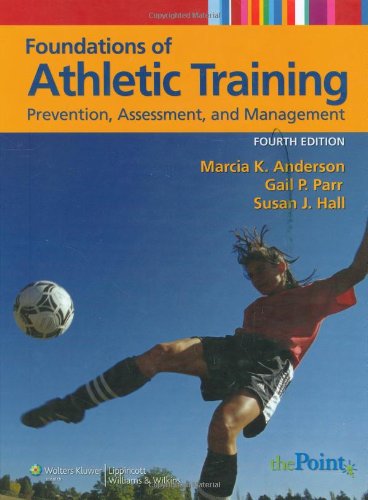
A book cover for Foundations of Athletic Training: Prevention, Assessment, and Management (SPORTS INJURY MANAGEMENT ( ANDERSON)); Marcia K. Anderson; Health, Fitness & Dieting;